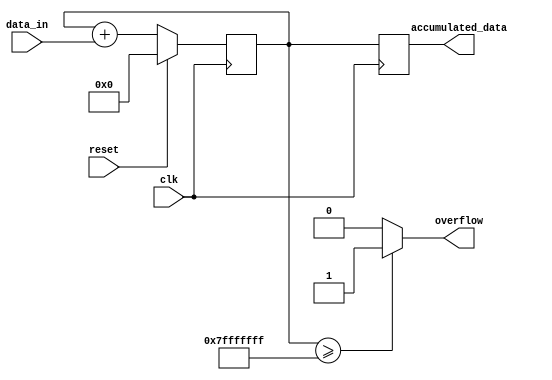
module accumulator (
    input wire clk,
    input wire reset,
    input wire [15:0] data_in,
    output reg [31:0] accumulated_data,
    output reg overflow
);

reg [31:0] temp_accumulated_data;

always @(posedge clk) begin
    if (reset)
        temp_accumulated_data <= 32'b0;
    else
        temp_accumulated_data <= temp_accumulated_data + data_in;
end

always @* begin
    if (temp_accumulated_data >= 32'h7FFFFFFF)
        overflow = 1;
    else
        overflow = 0;
end

always @(posedge clk) begin
    accumulated_data <= temp_accumulated_data;
end

endmodule